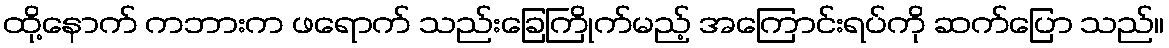
ထို့နောက် ကဘားက ဖရောက် သည်းခြေကြိုက်မည့် အကြောင်းရပ်ကို ဆက်ပြော သည်။